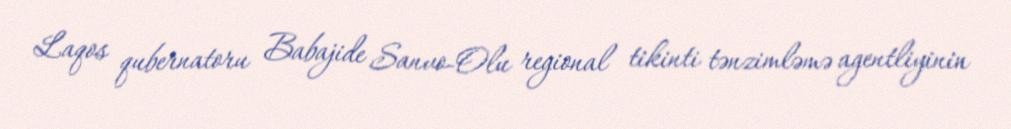
Laqos qubernatoru Babajide Sanvo-Olu regional tikinti tənzimləmə agentliyinin